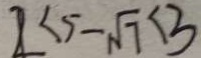
2 < 5 - \sqrt { 7 } < 3